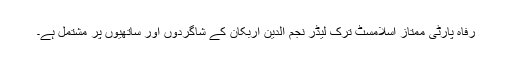
رفاہ پارٹی ممتاز اسلامسٹ ترک لیڈر نجم الدین اربکان کے شاگردوں اور ساتھیوں پر مشتمل ہے۔